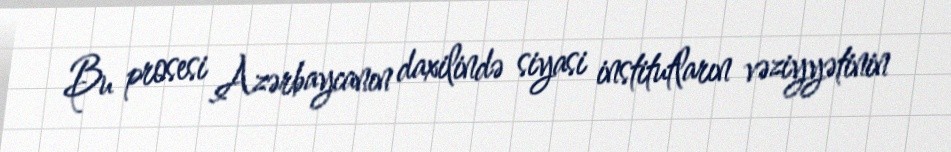
Bu prosesi Azərbaycanın daxilində siyasi institutların vəziyyətinin